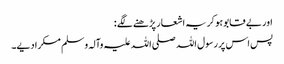
اور بے قابو ہو کر یہ اشعار پڑھنے لگے :
پس اس پر رسول اللہ صلی اللہ علیہ وآلہ وسلم مسکرا دیے۔